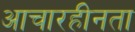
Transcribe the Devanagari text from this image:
आचारहीनता